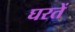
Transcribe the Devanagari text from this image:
घरतें